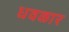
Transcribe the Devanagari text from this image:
धवळार